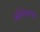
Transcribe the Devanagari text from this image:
इन्डिक्स